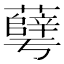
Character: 𰲓